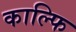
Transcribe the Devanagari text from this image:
काल्फि